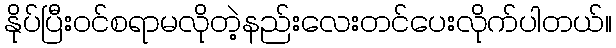
နိုပ်ပြီးဝင်စရာမလိုတဲ့နည်းလေးတင်ပေးလိုက်ပါတယ်။